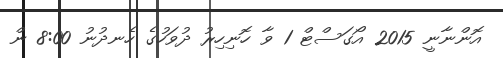
އޮންނާނީ 2015 އޯގަސްޓް 1 ވާ ހޮނިހިރު ދުވަހުގެ ހެނދުނު 8:00 ން